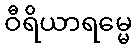
ဝီရိယာရမ္မေ